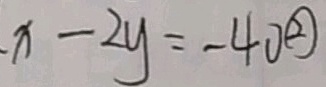
x - 2 y = - 4 0 \textcircled { 2 }